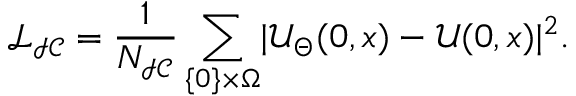
\mathcal { L } _ { \mathcal { I C } } = \frac { 1 } { N _ { \mathcal { I C } } } \sum _ { \{ 0 \} \times \Omega } \mathopen | \mathcal { U } _ { \Theta } ( 0 , x ) - \mathcal { U } ( 0 , x ) \mathclose | ^ { 2 } .